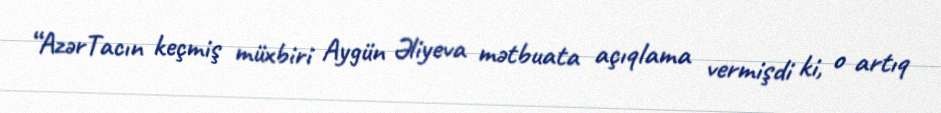
“AzərTacın keçmiş müxbiri Aygün Əliyeva mətbuata açıqlama vermişdi ki, o artıq